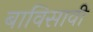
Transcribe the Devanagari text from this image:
बाविसावी